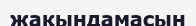
жақындамасын